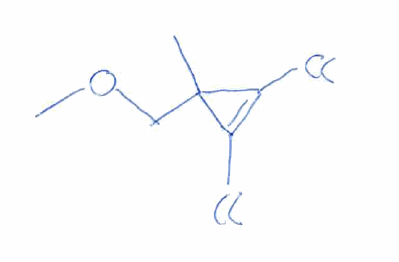
Simplified molecular-input line-entry system (SMILES) notation of the given molecule:
CC1(C(=C1Cl)Cl)COC